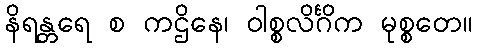
နိရန္တရေ စ ကဌိနေ၊ ဝါစ္စလိင်္ဂိက မုစ္စတေ။